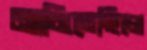
নামিতেছিলে